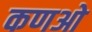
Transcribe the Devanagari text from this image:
कणओ